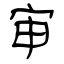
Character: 审